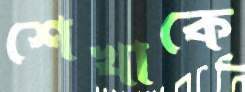
শেখাকে